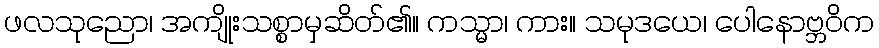
ဖလသုညော၊ အကျိုးသစ္စာမှဆိတ်၏။ ကသ္မာ၊ ကား။ သမုဒယေ၊ ပေါနောဗ္ဘဝိက